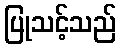
ပြုသင့်သည်